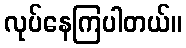
လုပ်နေကြပါတယ်။